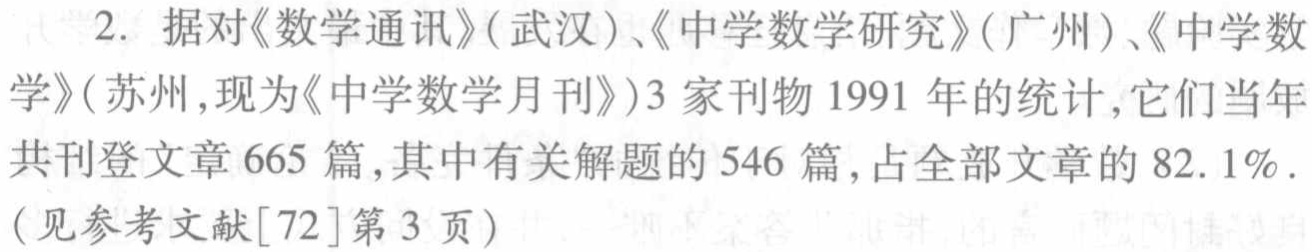
2. 据对《数学通讯》(武汉)、《中学数学研究》(广州)、《中学数学》(苏州,现为《中学数学月刊》)3 家刊物 1991 年的统计,它们当年共刊登文章 665 篇,其中有关解题的 546 篇,占全部文章的 82.1%. (见参考文献[72]第 3 页)